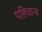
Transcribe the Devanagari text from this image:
पहिचाना